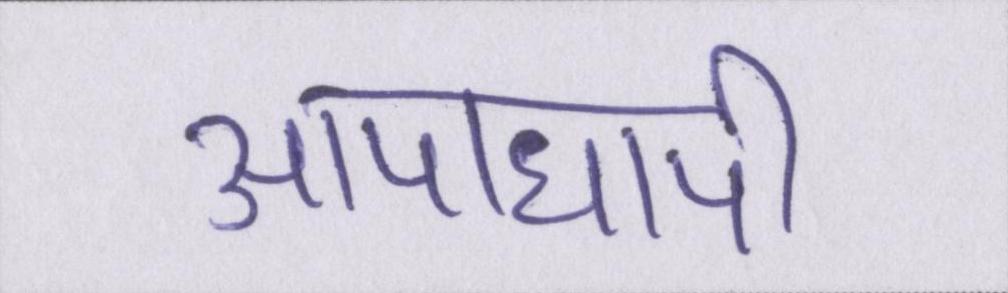
आपाधापी